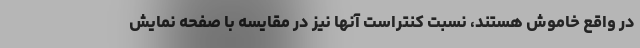
در واقع خاموش هستند، نسبت کنتراست آنها نیز در مقایسه با صفحه نمایش